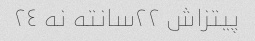
پیتزاش ٢٢سانته نه ٢٤